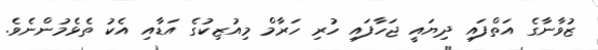
ޒުވާނާގެ އަތްފައި ދިޔައީ ޖަހާފައި ހުރި ހަރާމް މިއުޒިކުގެ އަޑާއި އެކު ތެޅެމުންނެވެ.